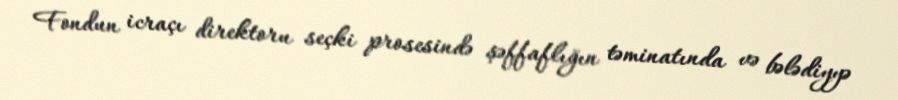
Fondun icraçı direktoru seçki prosesində şəffaflığın təminatında və bələdiyyə